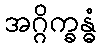
အဂ္ဂိက္ခန္ဓံ